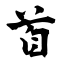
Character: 首